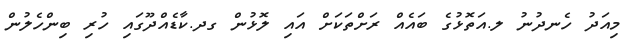
މިއަދު ހެނދުނު ލ.އަތޮޅުގެ ބައެއް ރަށްތަކަށް އައި ލޮޅުން ގދ.ކާޑެއްދޫގައި ހުރި ބިންހެލުން